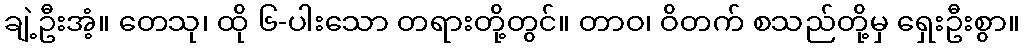
ချဲ့ဦးအံ့။ တေသု၊ ထို ၆-ပါးသော တရားတို့တွင်။ တာဝ၊ ဝိတက် စသည်တို့မှ ရှေးဦးစွာ။